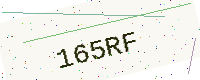
Text: 165RF